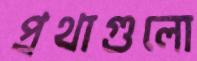
প্রথাগুলো